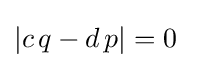
\left|c\,q-d\,p\right|=0~